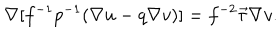
LaTeX: \nabla [ f ^ { - 1 } p ^ { - 1 } ( \nabla u - q \nabla v ) ] = f ^ { - 2 } \vec { \tau } \nabla v .